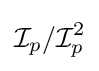
{\mathcal {I}}_{p}/{\mathcal {I}}_{p}^{2}